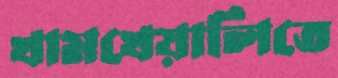
খামখেয়ালিতে